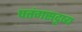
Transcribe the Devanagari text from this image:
पतंगसदृष्य